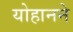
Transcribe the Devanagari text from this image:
योहानने